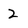
Character: 2